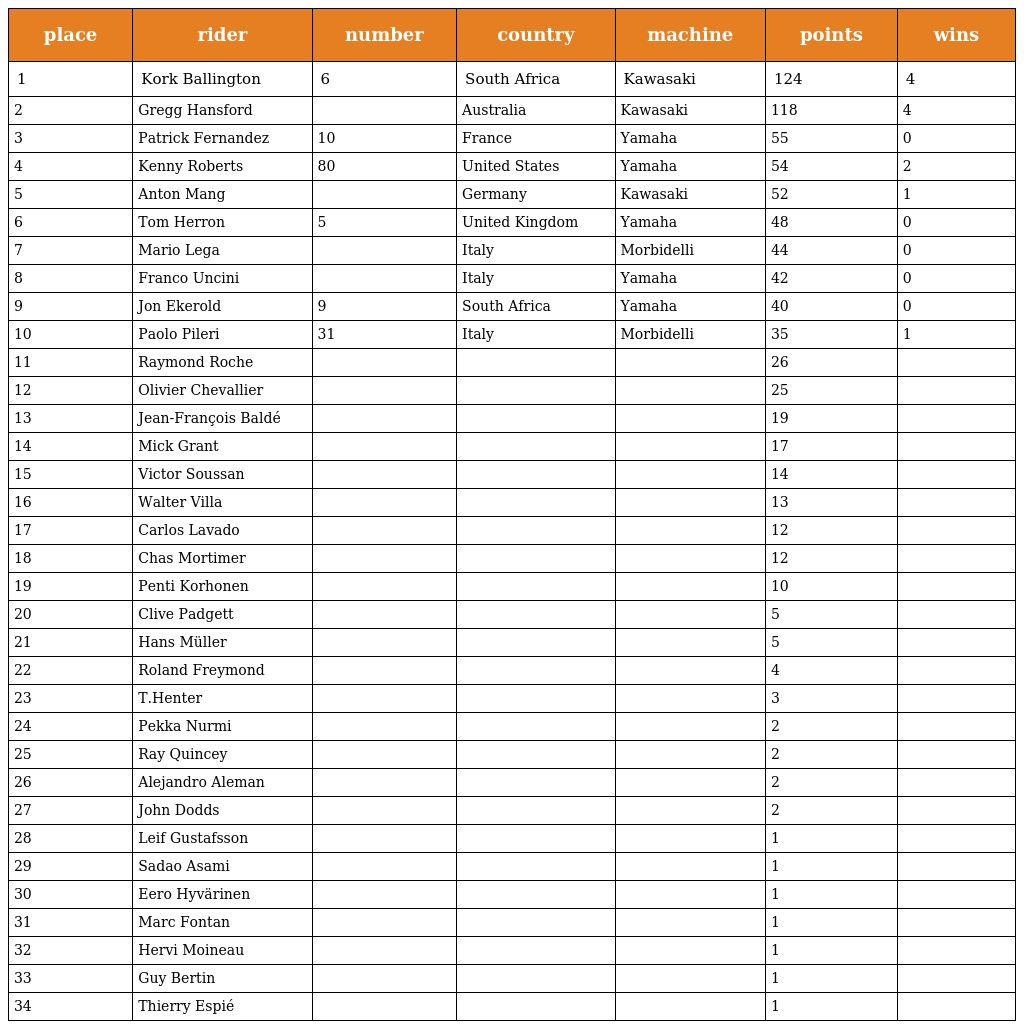
| place | rider | number | country | machine | points | wins |
 | --- | --- | --- | --- | --- | --- | --- |
 | 1 | Kork Ballington | 6 | South Africa | Kawasaki | 124 | 4 |
 | 2 | Gregg Hansford |  | Australia | Kawasaki | 118 | 4 |
 | 3 | Patrick Fernandez | 10 | France | Yamaha | 55 | 0 |
 | 4 | Kenny Roberts | 80 | United States | Yamaha | 54 | 2 |
 | 5 | Anton Mang |  | Germany | Kawasaki | 52 | 1 |
 | 6 | Tom Herron | 5 | United Kingdom | Yamaha | 48 | 0 |
 | 7 | Mario Lega |  | Italy | Morbidelli | 44 | 0 |
 | 8 | Franco Uncini |  | Italy | Yamaha | 42 | 0 |
 | 9 | Jon Ekerold | 9 | South Africa | Yamaha | 40 | 0 |
 | 10 | Paolo Pileri | 31 | Italy | Morbidelli | 35 | 1 |
 | 11 | Raymond Roche |  |  |  | 26 |  |
 | 12 | Olivier Chevallier |  |  |  | 25 |  |
 | 13 | Jean-François Baldé |  |  |  | 19 |  |
 | 14 | Mick Grant |  |  |  | 17 |  |
 | 15 | Victor Soussan |  |  |  | 14 |  |
 | 16 | Walter Villa |  |  |  | 13 |  |
 | 17 | Carlos Lavado |  |  |  | 12 |  |
 | 18 | Chas Mortimer |  |  |  | 12 |  |
 | 19 | Penti Korhonen |  |  |  | 10 |  |
 | 20 | Clive Padgett |  |  |  | 5 |  |
 | 21 | Hans Müller |  |  |  | 5 |  |
 | 22 | Roland Freymond |  |  |  | 4 |  |
 | 23 | T.Henter |  |  |  | 3 |  |
 | 24 | Pekka Nurmi |  |  |  | 2 |  |
 | 25 | Ray Quincey |  |  |  | 2 |  |
 | 26 | Alejandro Aleman |  |  |  | 2 |  |
 | 27 | John Dodds |  |  |  | 2 |  |
 | 28 | Leif Gustafsson |  |  |  | 1 |  |
 | 29 | Sadao Asami |  |  |  | 1 |  |
 | 30 | Eero Hyvärinen |  |  |  | 1 |  |
 | 31 | Marc Fontan |  |  |  | 1 |  |
 | 32 | Hervi Moineau |  |  |  | 1 |  |
 | 33 | Guy Bertin |  |  |  | 1 |  |
 | 34 | Thierry Espié |  |  |  | 1 |  |